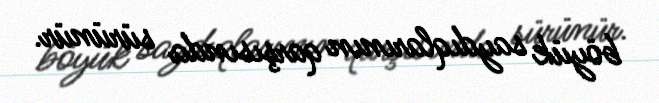
böyük saydıqlarının qarşısında sürünür.